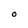
Character: O